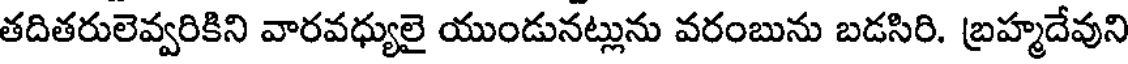
తదితరులెవ్వరికిని వారవధ్యులై యుండునట్లును వరంబును బడసిరి. బ్రహ్మదేవుని